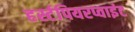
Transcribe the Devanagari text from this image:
हर्स्टपियरप्वाइंट